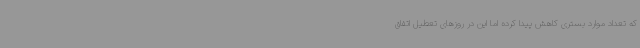
که تعداد موارد بستری کاهش پیدا کرده اما این در روزهای تعطیل اتفاق